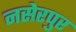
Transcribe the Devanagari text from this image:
नसेरपुर